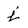
Character: j